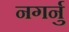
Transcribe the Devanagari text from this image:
नगर्नु